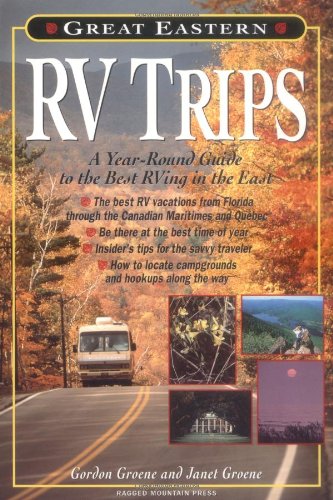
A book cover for Great Eastern RV Trips: A Year-Round Guide to the Best Rving in the East; Janet Groene; Travel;